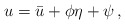
\begin{align*} u = \bar{u} + \phi \eta + \psi \, , \end{align*}